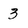
Character: 3